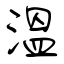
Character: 溫